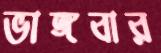
ভাঙ্গবার